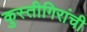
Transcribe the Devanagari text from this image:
कुस्तीगिरांची